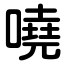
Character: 嘵